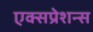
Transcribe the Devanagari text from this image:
एक्सप्रेशन्स